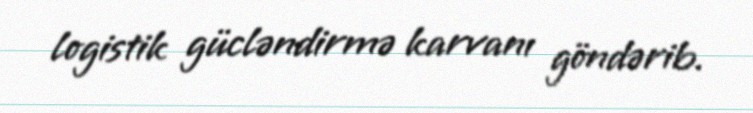
logistik gücləndirmə karvanı göndərib.